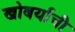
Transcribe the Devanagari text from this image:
खोबर्याची